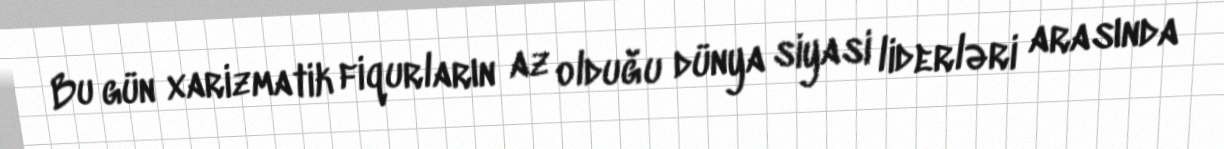
Bu gün xarizmatik fiqurların az olduğu dünya siyasi liderləri arasında